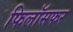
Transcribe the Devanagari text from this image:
फिलॉसफर